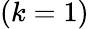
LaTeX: \left(k=1\right)